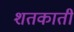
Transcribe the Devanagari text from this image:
शतकाती